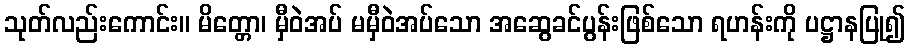
သုတ်လည်းကောင်း။ မိတ္တော၊ မှီဝဲအပ် မမှီဝဲအပ်သော အဆွေခင်ပွန်းဖြစ်သော ရဟန်းကို ပဋ္ဌာနပြု၍